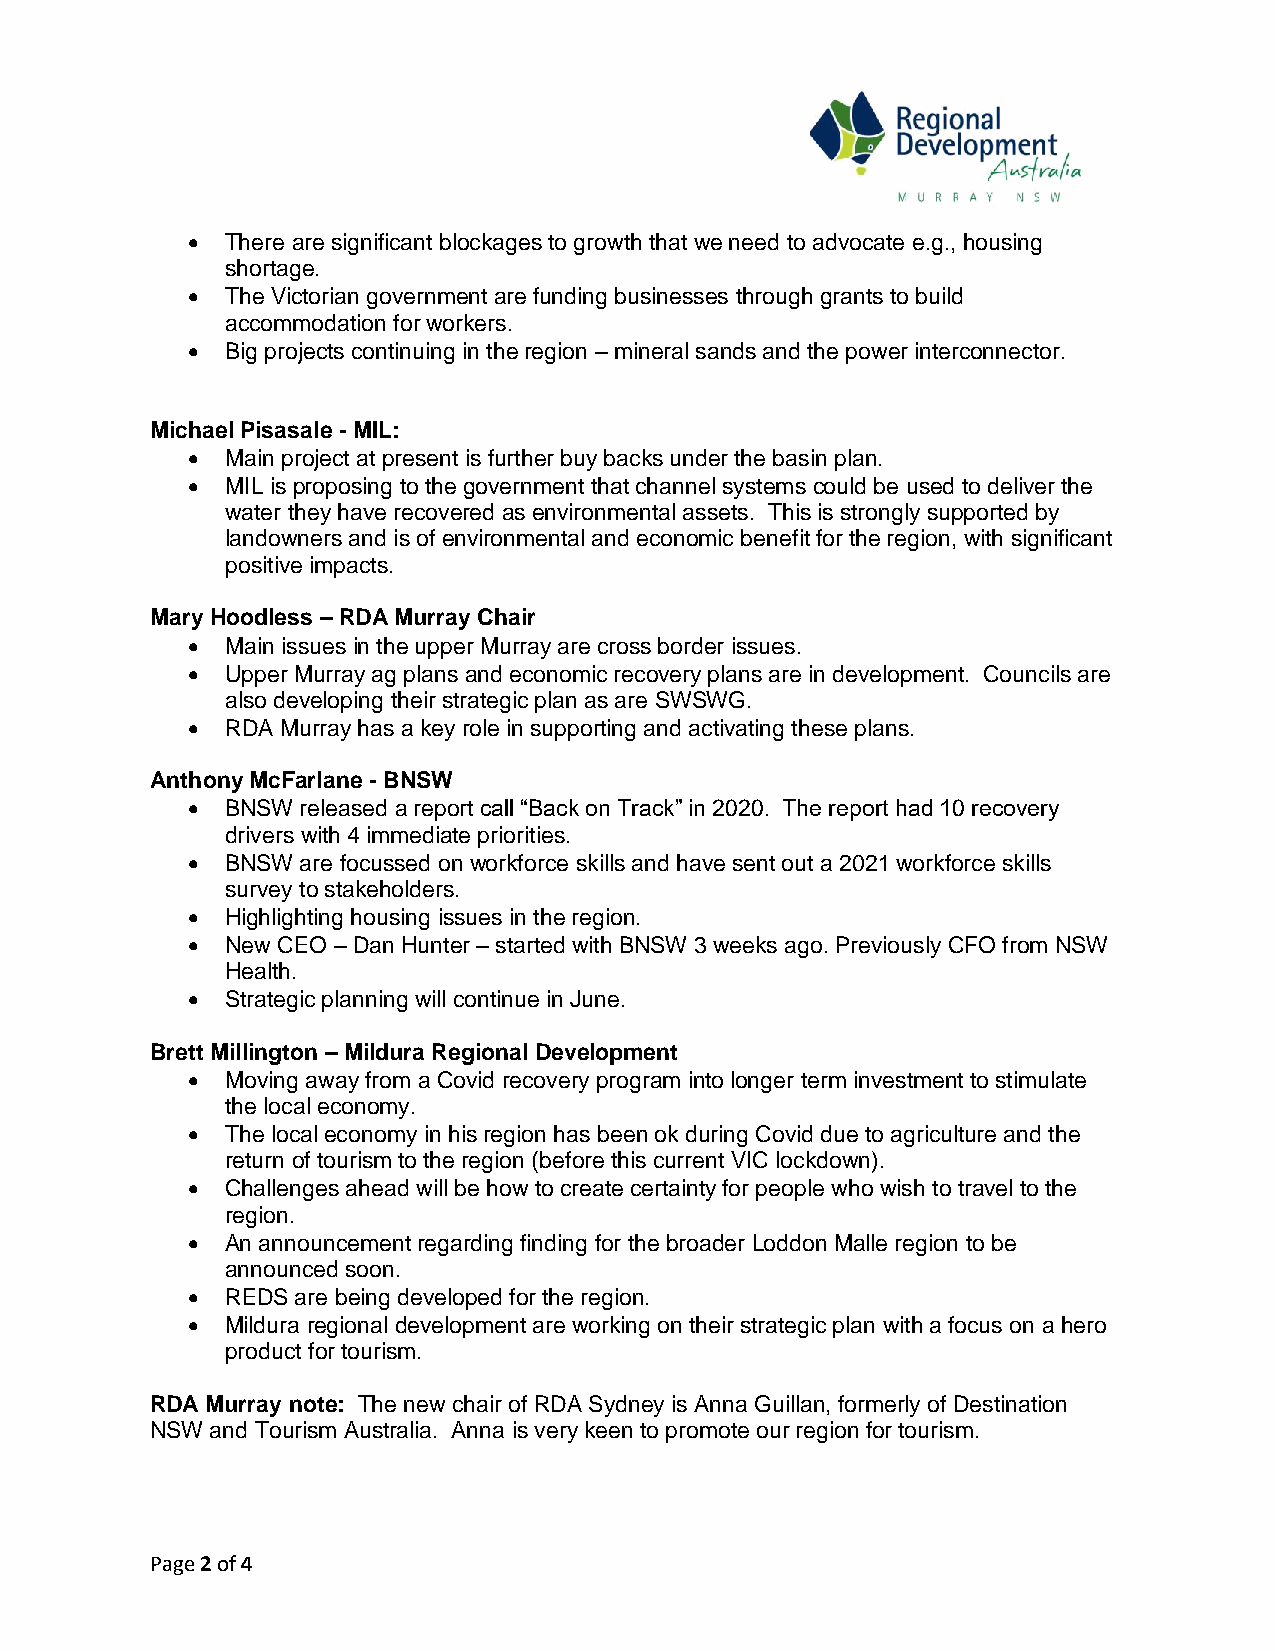
•  There are significant blockages to growth that we need to advocate e.g., housing
 shortage.
 •  The Victorian government are funding businesses through grants to build
 accommodation for workers.
 •  Big projects continuing in the region – mineral sands and the power interconnector.
 Michael Pisasale - MIL:
 •  Main project at present is further buy backs under the basin plan.
 •  MIL is proposing to the government that channel systems could be used to deliver the
 water they have recovered as environmental assets. This is strongly supported by
 landowners and is of environmental and economic benefit for the region, with significant
 positive impacts.
 Mary Hoodless – RDA Murray Chair
 •  Main issues in the upper Murray are cross border issues.
 •  Upper Murray ag plans and economic recovery plans are in development. Councils are
 also developing their strategic plan as are SWSWG.
 •  RDA Murray has a key role in supporting and activating these plans.
 Anthony McFarlane - BNSW
 •  BNSW released a report call “Back on Track” in 2020. The report had 10 recovery
 drivers with 4 immediate priorities.
 •  BNSW are focussed on workforce skills and have sent out a 2021 workforce skills
 survey to stakeholders.
 •  Highlighting housing issues in the region.
 •  New CEO – Dan Hunter – started with BNSW 3 weeks ago. Previously CFO from NSW
 Health.
 •  Strategic planning will continue in June.
 Brett Millington – Mildura Regional Development
 •  Moving away from a Covid recovery program into longer term investment to stimulate
 the local economy.
 •  The local economy in his region has been ok during Covid due to agriculture and the
 return of tourism to the region (before this current VIC lockdown).
 •  Challenges ahead will be how to create certainty for people who wish to travel to the
 region.
 •  An announcement regarding finding for the broader Loddon Malle region to be
 announced soon.
 •  REDS are being developed for the region.
 •  Mildura regional development are working on their strategic plan with a focus on a hero
 product for tourism.
 RDA Murray note: The new chair of RDA Sydney is Anna Guillan, formerly of Destination
 NSW and Tourism Australia. Anna is very keen to promote our region for tourism.
 Page 2 of 4